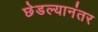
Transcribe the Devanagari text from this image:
छेडल्यानंतर